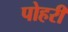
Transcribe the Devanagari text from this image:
पोहरी